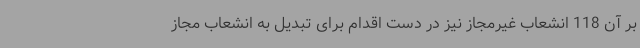
بر آن 118 انشعاب غیرمجاز نیز در دست اقدام برای تبدیل به انشعاب مجاز